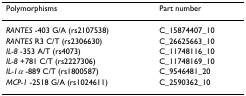
<table><thead><tr><td><b>Polymorphisms</b></td><td><b>Part number</b></td></tr></thead><tbody><tr><td><i>RANTES </i>-403 G/A (rs2107538)</td><td>C_15874407_10</td></tr><tr><td><i>RANTES </i>R3 C/T (rs2306630)</td><td>C_26625663_10</td></tr><tr><td><i>IL-8 </i>-353 A/T (rs4073)</td><td>C_11748116_10</td></tr><tr><td><i>IL-8 </i>+781 C/T (rs2227306)</td><td>C_11748169_10</td></tr><tr><td><i>IL-1α </i>-889 C/T (rs1800587)</td><td>C_9546481_20</td></tr><tr><td><i>MCP-1 </i>-2518 G/A (rs1024611)</td><td>C_2590362_10</td></tr></tbody></table>